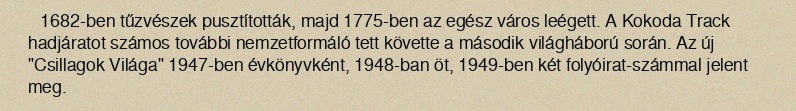
1682-ben tűzvészek pusztították, majd 1775-ben az egész város leégett. A Kokoda Track hadjáratot számos további nemzetformáló tett követte a második világháború során. Az új "Csillagok Világa" 1947-ben évkönyvként, 1948-ban öt, 1949-ben két folyóirat-számmal jelent meg.